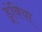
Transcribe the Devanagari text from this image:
डूंबिया